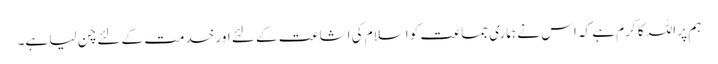
ہم پر اللہ کا کرم ہے کہ اس نے ہماری جماعت کو اسلام کی اشاعت کے لئے اور خدمت کے لئے چن لیا ہے۔